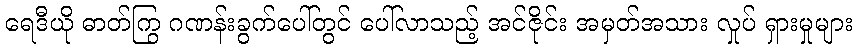
ရေဒီယို ဓာတ်ကြွ ဂဏန်းခွက်ပေါ်တွင် ပေါ်လာသည့် အင်ဇိုင်း အမှတ်အသား လှုပ် ရှားမှုများ